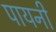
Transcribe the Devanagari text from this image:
पायनी